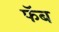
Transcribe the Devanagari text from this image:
फॅब